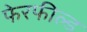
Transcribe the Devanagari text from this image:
फेरफील्ड